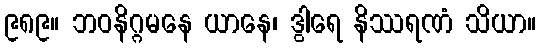
၉၈၉။ ဘဝနိဂ္ဂမနေ ယာနေ၊ ဒွါရေ နိဿရဏံ သိယာ။